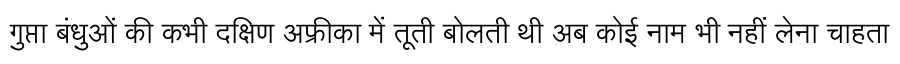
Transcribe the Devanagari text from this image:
गुप्ता बंधुओं की कभी दक्षिण अफ्रीका में तूती बोलती थी अब कोई नाम भी नहीं लेना चाहता